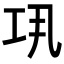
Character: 𢀜